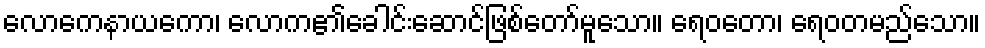
လောကေနာယကော၊ လောက၏ခေါင်းဆောင်ဖြစ်တော်မူသော။ ရေဝတော၊ ရေဝတမည်သော။